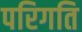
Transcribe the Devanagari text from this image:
परिगति